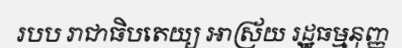
របប រាជាធិបតេយ្យ អាស្រ័យ រដ្ឋធម្មនុញ្ញ